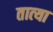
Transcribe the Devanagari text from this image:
तात्‍या